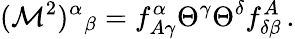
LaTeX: ({\cal M}^{2})^{\alpha}{}_{\beta}=f_{A\gamma}^{\alpha}\Theta^{\gamma}\Theta^{\delta}f_{\delta\beta}^{A}\, .